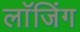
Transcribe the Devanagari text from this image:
लाॅजिंग